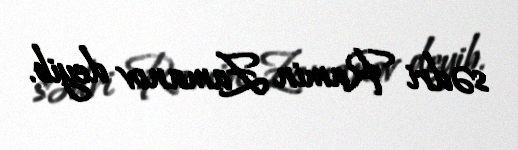
sədri Ramin Zamanov deyib.